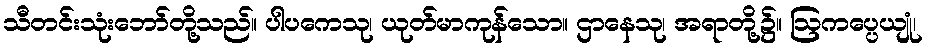
သီတင်းသုံးဘော်တို့သည်။ ပါပကေသု၊ ယုတ်မာကုန်သော။ ဌာနေသု၊ အရာတို့၌။ ဩကပ္ပေယျုံ၊